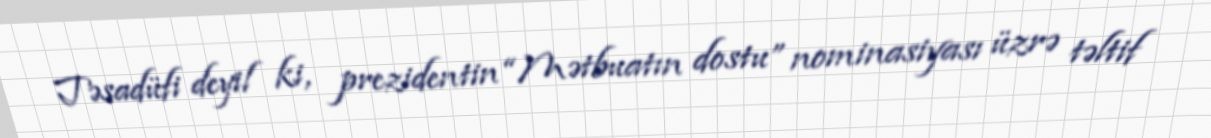
Təsadüfi deyil ki, prezidentin “Mətbuatın dostu” nominasiyası üzrə təltif